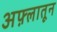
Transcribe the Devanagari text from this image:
अफ़्लातून